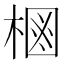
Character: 𱣶